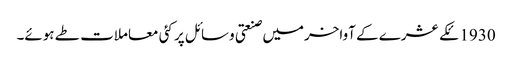
1930ئکے عشرے کے آواخرمیں صنعتی وسائل پر کئی معاملات طے ہوئے۔